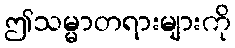
ဤသမ္မာတရားများကို